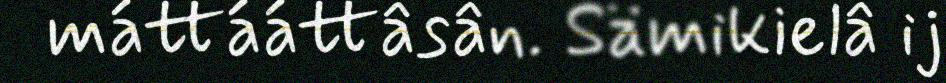
máttááttâsân. Sämikielâ ij